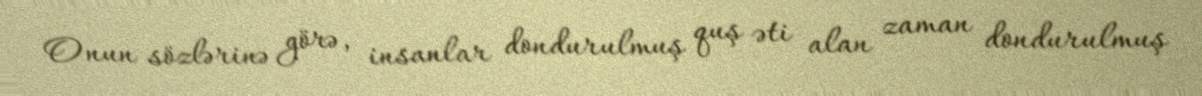
Onun sözlərinə görə, insanlar dondurulmuş quş əti alan zaman dondurulmuş